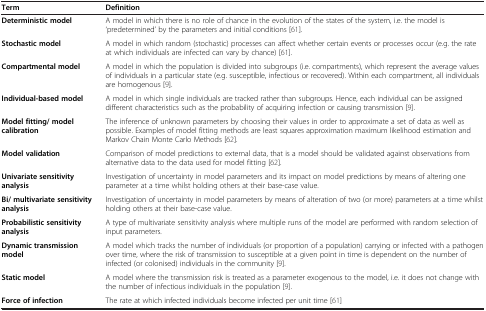
<table><thead><tr><td><b>Term</b></td><td><b>Definition</b></td></tr></thead><tbody><tr><td><b>Deterministic model</b></td><td>A model in which there is no role of chance in the evolution of the states of the system, i.e. the model is ‘predetermined’ by the parameters and initial conditions [61].</td></tr><tr><td><b>Stochastic model</b></td><td>A model in which random (stochastic) processes can affect whether certain events or processes occur (e.g. the rate at which individuals are infected can vary by chance) [61].</td></tr><tr><td><b>Compartmental model</b></td><td>A model in which the population is divided into subgroups (i.e. compartments), which represent the average values of individuals in a particular state (e.g. susceptible, infectious or recovered). Within each compartment, all individuals are homogenous [9].</td></tr><tr><td><b>Individual-based model</b></td><td>A model in which single individuals are tracked rather than subgroups. Hence, each individual can be assigned different characteristics such as the probability of acquiring infection or causing transmission [9].</td></tr><tr><td><b>Model fitting/ model calibration</b></td><td>The inference of unknown parameters by choosing their values in order to approximate a set of data as well as possible. Examples of model fitting methods are least squares approximation maximum likelihood estimation and Markov Chain Monte Carlo Methods [62].</td></tr><tr><td><b>Model validation</b></td><td>Comparison of model predictions to external data, that is a model should be validated against observations from alternative data to the data used for model fitting [62].</td></tr><tr><td><b>Univariate sensitivity analysis</b></td><td>Investigation of uncertainty in model parameters and its impact on model predictions by means of altering one parameter at a time whilst holding others at their base-case value.</td></tr><tr><td><b>Bi/ multivariate sensitivity analysis</b></td><td>Investigation of uncertainty in model parameters by means of alteration of two (or more) parameters at a time whilst holding others at their base-case value.</td></tr><tr><td><b>Probabilistic sensitivity analysis</b></td><td>A type of multivariate sensitivity analysis where multiple runs of the model are performed with random selection of input parameters.</td></tr><tr><td><b>Dynamic transmission model</b></td><td>A model which tracks the number of individuals (or proportion of a population) carrying or infected with a pathogen over time, where the risk of transmission to susceptible at a given point in time is dependent on the number of infected (or colonised) individuals in the community [9].</td></tr><tr><td><b>Static model</b></td><td>A model where the transmission risk is treated as a parameter exogenous to the model, i.e. it does not change with the number of infectious individuals in the population [9].</td></tr><tr><td><b>Force of infection</b></td><td>The rate at which infected individuals become infected per unit time [61]</td></tr></tbody></table>